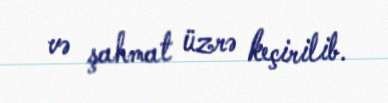
və şahmat üzrə keçirilib.